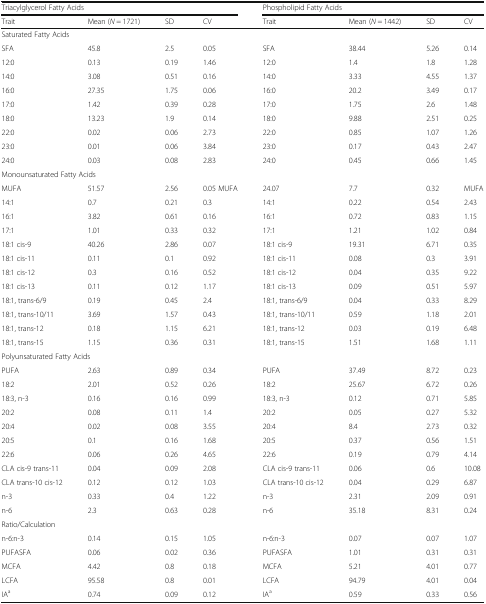
<table><thead><tr><td colspan="4"><b>Triacylglycerol Fatty Acids</b></td><td colspan="4"><b>Phospholipid Fatty Acids</b></td></tr><tr><td><b>Trait</b></td><td><b>Mean (<i>N</i> = 1721)</b></td><td><b>SD</b></td><td><b>CV</b></td><td><b>Trait</b></td><td><b>Mean (<i>N</i> = 1442)</b></td><td><b>SD</b></td><td><b>CV</b></td></tr></thead><tbody><tr><td colspan="8">Saturated Fatty Acids</td></tr><tr><td>SFA</td><td>45.8</td><td>2.5</td><td>0.05</td><td>SFA</td><td>38.44</td><td>5.26</td><td>0.14</td></tr><tr><td>12:0</td><td>0.13</td><td>0.19</td><td>1.46</td><td>12:0</td><td>1.4</td><td>1.8</td><td>1.28</td></tr><tr><td>14:0</td><td>3.08</td><td>0.51</td><td>0.16</td><td>14:0</td><td>3.33</td><td>4.55</td><td>1.37</td></tr><tr><td>16:0</td><td>27.35</td><td>1.75</td><td>0.06</td><td>16:0</td><td>20.2</td><td>3.49</td><td>0.17</td></tr><tr><td>17:0</td><td>1.42</td><td>0.39</td><td>0.28</td><td>17:0</td><td>1.75</td><td>2.6</td><td>1.48</td></tr><tr><td>18:0</td><td>13.23</td><td>1.9</td><td>0.14</td><td>18:0</td><td>9.88</td><td>2.51</td><td>0.25</td></tr><tr><td>22:0</td><td>0.02</td><td>0.06</td><td>2.73</td><td>22:0</td><td>0.85</td><td>1.07</td><td>1.26</td></tr><tr><td>23:0</td><td>0.01</td><td>0.06</td><td>3.84</td><td>23:0</td><td>0.17</td><td>0.43</td><td>2.47</td></tr><tr><td>24:0</td><td>0.03</td><td>0.08</td><td>2.83</td><td>24:0</td><td>0.45</td><td>0.66</td><td>1.45</td></tr><tr><td colspan="8">Monounsaturated Fatty Acids</td></tr><tr><td>MUFA</td><td>51.57</td><td>2.56</td><td>0.05 MUFA</td><td>24.07</td><td>7.7</td><td>0.32</td><td>MUFA</td></tr><tr><td>14:1</td><td>0.7</td><td>0.21</td><td>0.3</td><td>14:1</td><td>0.22</td><td>0.54</td><td>2.43</td></tr><tr><td>16:1</td><td>3.82</td><td>0.61</td><td>0.16</td><td>16:1</td><td>0.72</td><td>0.83</td><td>1.15</td></tr><tr><td>17:1</td><td>1.01</td><td>0.33</td><td>0.32</td><td>17:1</td><td>1.21</td><td>1.02</td><td>0.84</td></tr><tr><td>18:1 cis-9</td><td>40.26</td><td>2.86</td><td>0.07</td><td>18:1 cis-9</td><td>19.31</td><td>6.71</td><td>0.35</td></tr><tr><td>18:1 cis-11</td><td>0.11</td><td>0.1</td><td>0.92</td><td>18:1 cis-11</td><td>0.08</td><td>0.3</td><td>3.91</td></tr><tr><td>18:1 cis-12</td><td>0.3</td><td>0.16</td><td>0.52</td><td>18:1 cis-12</td><td>0.04</td><td>0.35</td><td>9.22</td></tr><tr><td>18:1 cis-13</td><td>0.11</td><td>0.12</td><td>1.17</td><td>18:1 cis-13</td><td>0.09</td><td>0.51</td><td>5.97</td></tr><tr><td>18:1, trans-6/9</td><td>0.19</td><td>0.45</td><td>2.4</td><td>18:1, trans-6/9</td><td>0.04</td><td>0.33</td><td>8.29</td></tr><tr><td>18:1, trans-10/11</td><td>3.69</td><td>1.57</td><td>0.43</td><td>18:1, trans-10/11</td><td>0.59</td><td>1.18</td><td>2.01</td></tr><tr><td>18:1, trans-12</td><td>0.18</td><td>1.15</td><td>6.21</td><td>18:1, trans-12</td><td>0.03</td><td>0.19</td><td>6.48</td></tr><tr><td>18:1, trans-15</td><td>1.15</td><td>0.36</td><td>0.31</td><td>18:1, trans-15</td><td>1.51</td><td>1.68</td><td>1.11</td></tr><tr><td colspan="8">Polyunsaturated Fatty Acids</td></tr><tr><td>PUFA</td><td>2.63</td><td>0.89</td><td>0.34</td><td>PUFA</td><td>37.49</td><td>8.72</td><td>0.23</td></tr><tr><td>18:2</td><td>2.01</td><td>0.52</td><td>0.26</td><td>18:2</td><td>25.67</td><td>6.72</td><td>0.26</td></tr><tr><td>18:3, n-3</td><td>0.16</td><td>0.16</td><td>0.99</td><td>18:3, n-3</td><td>0.12</td><td>0.71</td><td>5.85</td></tr><tr><td>20:2</td><td>0.08</td><td>0.11</td><td>1.4</td><td>20:2</td><td>0.05</td><td>0.27</td><td>5.32</td></tr><tr><td>20:4</td><td>0.02</td><td>0.08</td><td>3.55</td><td>20:4</td><td>8.4</td><td>2.73</td><td>0.32</td></tr><tr><td>20:5</td><td>0.1</td><td>0.16</td><td>1.68</td><td>20:5</td><td>0.37</td><td>0.56</td><td>1.51</td></tr><tr><td>22:6</td><td>0.06</td><td>0.26</td><td>4.65</td><td>22:6</td><td>0.19</td><td>0.79</td><td>4.14</td></tr><tr><td>CLA cis-9 trans-11</td><td>0.04</td><td>0.09</td><td>2.08</td><td>CLA cis-9 trans-11</td><td>0.06</td><td>0.6</td><td>10.08</td></tr><tr><td>CLA trans-10 cis-12</td><td>0.12</td><td>0.12</td><td>1.03</td><td>CLA trans-10 cis-12</td><td>0.04</td><td>0.29</td><td>6.87</td></tr><tr><td>n-3</td><td>0.33</td><td>0.4</td><td>1.22</td><td>n-3</td><td>2.31</td><td>2.09</td><td>0.91</td></tr><tr><td>n-6</td><td>2.3</td><td>0.63</td><td>0.28</td><td>n-6</td><td>35.18</td><td>8.31</td><td>0.24</td></tr><tr><td colspan="8">Ratio/Calculation</td></tr><tr><td>n-6:n-3</td><td>0.14</td><td>0.15</td><td>1.05</td><td>n-6:n-3</td><td>0.07</td><td>0.07</td><td>1.07</td></tr><tr><td>PUFASFA</td><td>0.06</td><td>0.02</td><td>0.36</td><td>PUFASFA</td><td>1.01</td><td>0.31</td><td>0.31</td></tr><tr><td>MCFA</td><td>4.42</td><td>0.8</td><td>0.18</td><td>MCFA</td><td>5.21</td><td>4.01</td><td>0.77</td></tr><tr><td>LCFA</td><td>95.58</td><td>0.8</td><td>0.01</td><td>LCFA</td><td>94.79</td><td>4.01</td><td>0.04</td></tr><tr><td>IA<sup>a</sup></td><td>0.74</td><td>0.09</td><td>0.12</td><td>IA<sup>a</sup></td><td>0.59</td><td>0.33</td><td>0.56</td></tr></tbody></table>